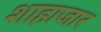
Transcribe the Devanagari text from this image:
शाहाजार